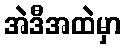
အဲဒီအထဲမှာ